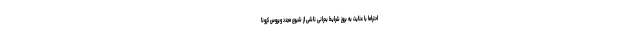
احتراماً با عنایت به بروز شرایط بحرانی ناشی از شیوع مجدد ویروس کرونا